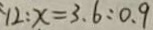
1 2 : x = 3 . 6 : 0 . 9